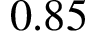
0 . 8 5